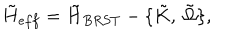
{ \tilde { H } } _ { e f f } = { \tilde { H } } _ { B R S T } - \{ \tilde { K } , \ \tilde { \Omega } \} ,